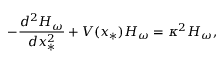
- \frac { d ^ { 2 } H _ { \omega } } { d x _ { * } ^ { 2 } } + V ( x _ { * } ) H _ { \omega } = \kappa ^ { 2 } H _ { \omega } ,